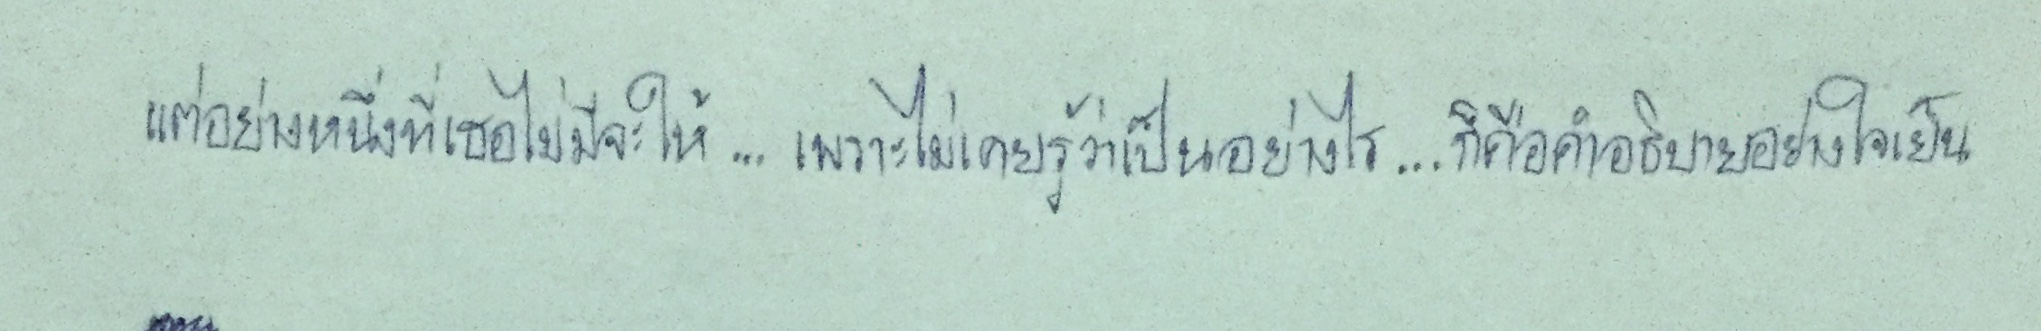
แต่อย่างหนึ่งที่เธอไม่มีจะให้...เพราะไม่เคยรู้ว่าเป็นอย่างไร...ก็คือคำอธิบายอย่างใจเย็น